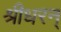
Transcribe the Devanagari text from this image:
श्रीधरन्